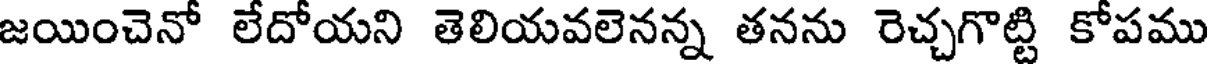
జయించెనో లేదోయని తెలియవలెనన్న తనను రెచ్చగొట్టి కోపము